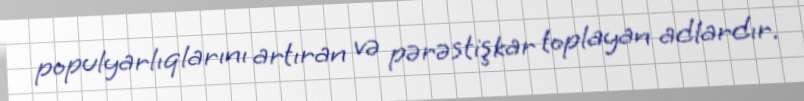
populyarlıqlarını artıran və pərəstişkar toplayan adlardır.